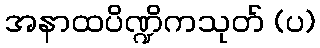
အနာထပိဏ္ဍိကသုတ် (ပ)